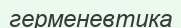
герменевтика